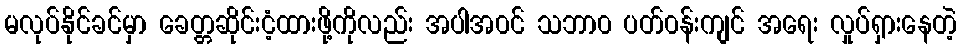
မလုပ်နိုင်ခင်မှာ ခေတ္တဆိုင်းငံ့ထားဖို့ကိုလည်း အပါအ၀င် သဘာ၀ ပတ်၀န်းကျင် အရေး လှုပ်ရှားနေတဲ့